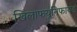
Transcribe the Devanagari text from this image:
खिलाफयूनिफायड